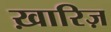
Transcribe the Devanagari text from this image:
ख़ारिज़